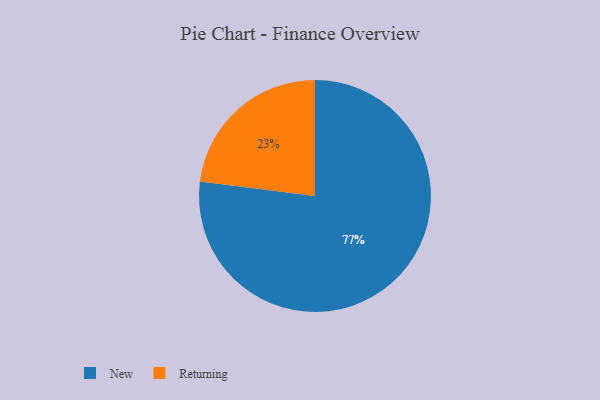
{"axis": {"x": "Category", "y": "Percentage"}, "legend": ["New", "Returning"], "data": [{"x": "New", "y": 77, "type": "New"}, {"x": "Returning", "y": 23, "type": "Returning"}]}